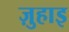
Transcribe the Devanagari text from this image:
ज़ुहाइ